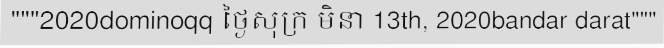
"""2020dominoqq ថ្ងៃសុក្រ មិនា 13th, 2020bandar darat"""